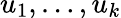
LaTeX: u_{1},\ldots,u_{k}